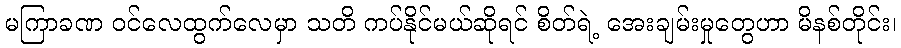
မကြာခဏ ဝင်လေထွက်လေမှာ သတိ ကပ်နိုင်မယ်ဆိုရင် စိတ်ရဲ့ အေးချမ်းမှုတွေဟာ မိနစ်တိုင်း၊